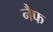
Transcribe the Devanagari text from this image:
नैफ